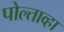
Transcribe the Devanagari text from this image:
पोल्ताव्हा